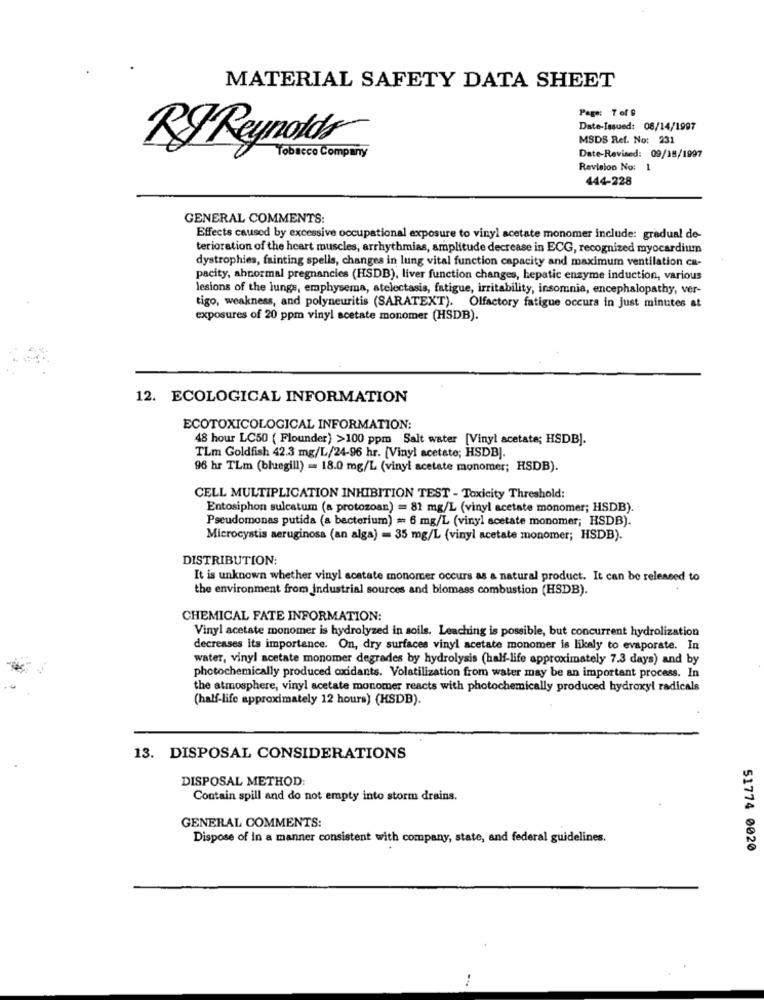
MATERIAL SAFETY DATA SHEET
Page: 7 of 9
Date-Issued: 08/14/1997
MSDS Ref. No: 231
RfReynolds
Tobacco Company
Date-Revised: 09/18/1997
Revision No: 1
444-228
GENERAL COMMENTS:
Effects caused by excessive occupational exposure to vinyl acetate monomer include: gradual de-
terioration of the heart muscles, arrhythmias, amplitude decrease in ECG, recognized myocardium
dystrophies, fainting spells, changes in lung vital function capacity and maximum ventilation ca-
pacity, abnormal pregnancies (HSDB), liver function changes, hepatic enzyme induction, various
lesions of the lungs, emphysema, atelectasis, fatigue, irritability, insomnia, encephalopathy, ver-
tigo, weakness, and polyneuritis (SARATEXT). Olfactory fatigue occurs in Just minutes at
exposures of 20 ppm vinyl acetate monomer (HSDB).
12. ECOLOGICAL INFORMATION
ECOTOXICOLOGICAL INFORMATION:
48 hour LC50 ( Flounder) >100 ppm Salt water [Vinyl acetate; HSDB].
TLm Goldfish 42.3 mg/L/24-96 hr. (Vinyl acetate; HSDB].
96 hr TLm (bluegill) = 18.0 mg/L (vinyl acetate monomer; HSDB).
CELL MULTIPLICATION INHIBITION TEST - Toxicity Threshold:
Entosiphon sulcatum (a protozoan) = 81 mg/L (vinyl acetate monomer; HSDB).
Pseudomonas putida (a bacterium) = 6 mg/L (vinyl acetate monomer; HSDB).
Microcystis aeruginosa (an alga) = 35 mg/L (vinyl acetate monomer; HSDB).
DISTRIBUTION:
It is unknown whether vinyl acetate monomer occurs as a natural product. It can be released to
the environment from Industrial sources and biomass combustion (HSDB).
CHEMICAL FATE INFORMATION:
Vinyl acetate monomer is hydrolyzed in soils. Leaching is possible, but concurrent hydrolization
decreases its importance. On, dry surfaces vinyl acetate monomer is likely to evaporate. In
water, vinyl acetate monomer degrades by hydrolysis (half-life approximately 7.3 days) and by
photochemically produced oxidants. Volatilization from water may be an important process. In
the atmosphere, vinyl acetate monomer reacts with photochemically produced hydroxyl radicals
(half-life approximately 12 hours) (HSDB).
13. DISPOSAL CONSIDERATIONS
DISPOSAL METHOD:
Contain spill and do not empty into storm drains.
GENERAL COMMENTS:
Dispose of in a manner consistent with company, state, and federal guidelines.
51774 0020